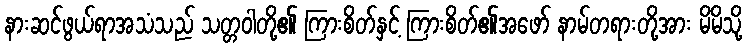
နားဆင်ဖွယ်ရာအသံသည် သတ္တဝါတို့၏ ကြားစိတ်နှင့် ကြားစိတ်၏အဖော် နာမ်တရားတို့အား မိမိသို့